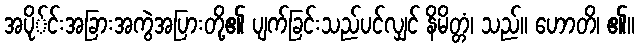
အပို်င်းအခြားအကွဲအပြားတို့၏ ပျက်ခြင်းသည်ပင်လျှင် နိမိတ္တံ၊ သည်။ ဟောတိ၊ ၏။